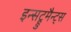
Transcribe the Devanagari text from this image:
इन्सट्रुमैन्ट्स